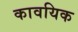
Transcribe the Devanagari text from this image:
कावयिक